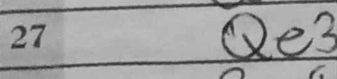
Transcription: Qe3